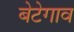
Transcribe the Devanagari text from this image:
बेटेगाव